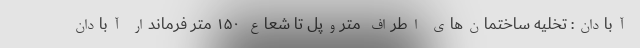
آبادان: تخلیه ساختمان‌های اطراف متروپل تا شعاع ۱۵۰ متر فرماندار آبادان